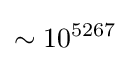
\sim 10^{5267}\,\!